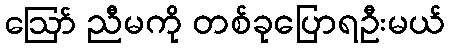
ဪ ညီမကို တစ်ခုပြောရဦးမယ်